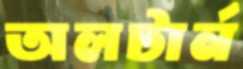
অলটার্ন